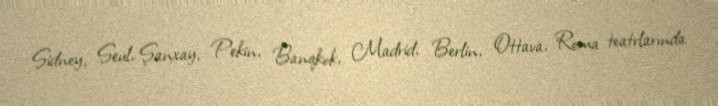
Sidney, Seul, Şanxay, Pekin, Banqkok, Madrid, Berlin, Ottava, Roma teatrlarında